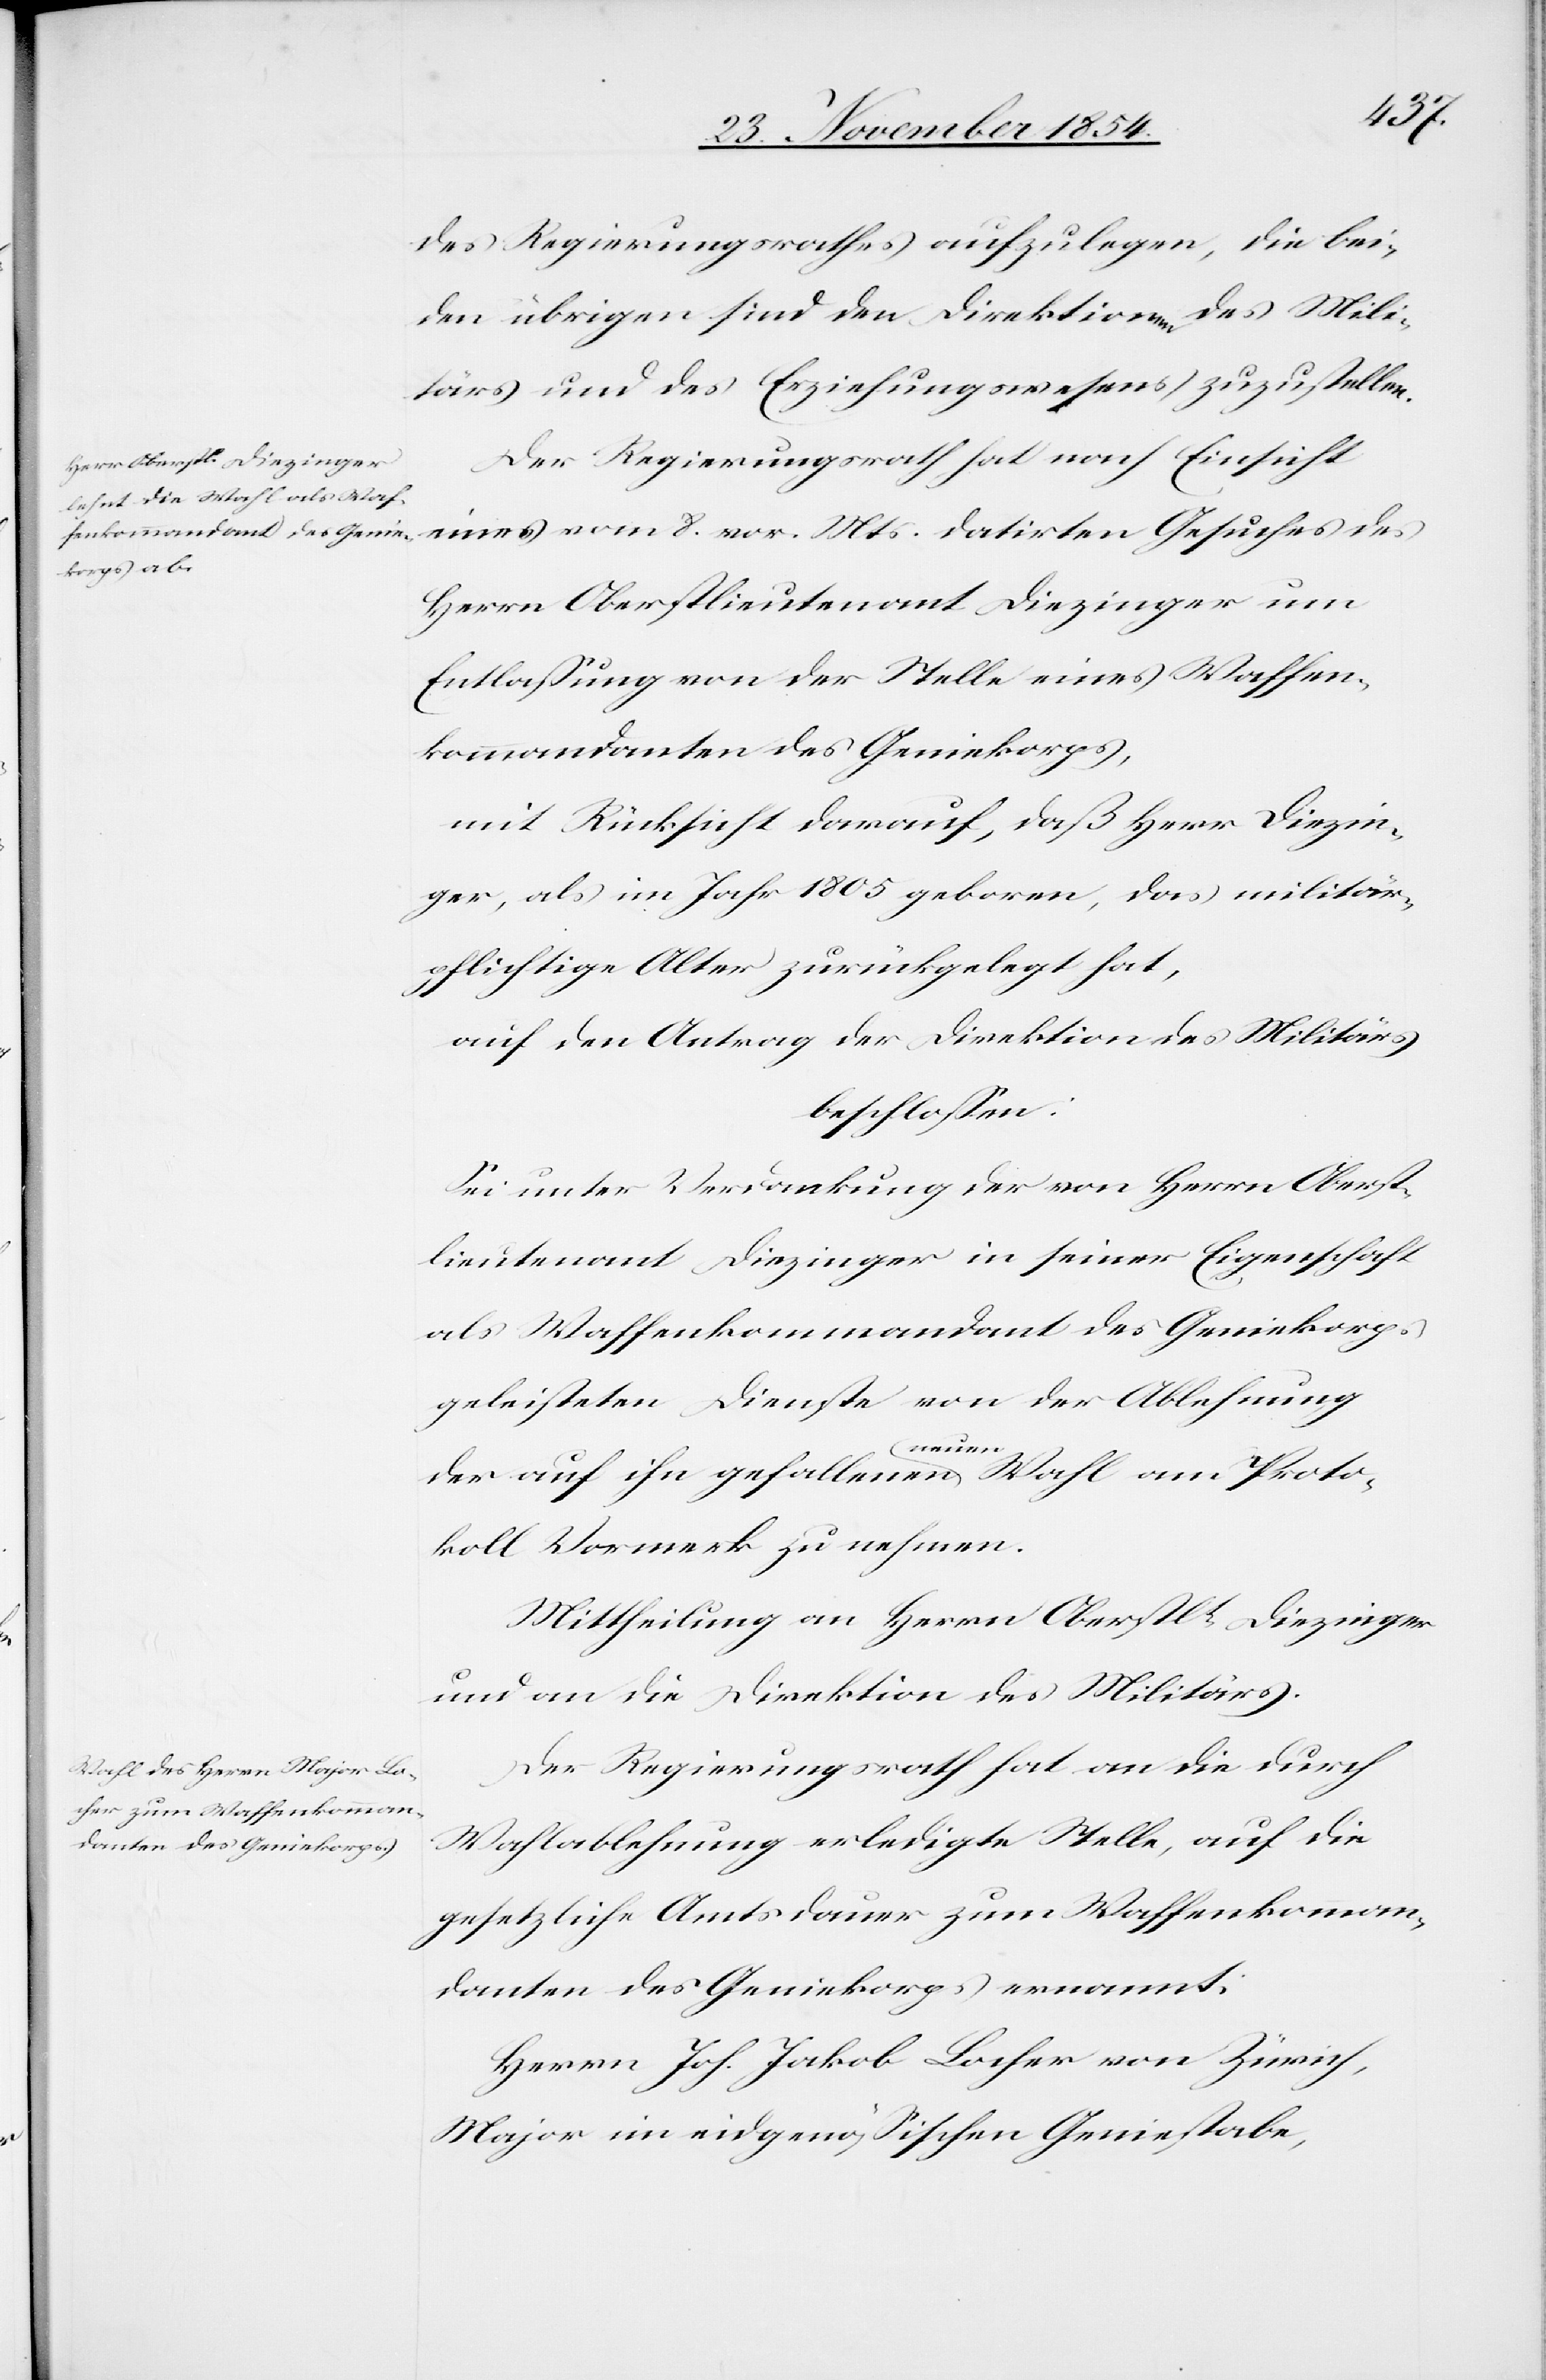
des Regierungsrathes aufzulegen, die bei¬
den übrigen sind den Direktionen des Mili¬
tärs und des Erziehungswesens zuzustellen.
Der Regierungsrath hat nach Einsicht
eins vom 8. vor. Mts. datirten Gesuches des
Herrn Oberstlieutenant Diezinger um
Entlaßung von der Stelle eines Waffen¬
kommandanten des Geniekorps,
mit Rücksicht darauf, daß Herr Diezin¬
ger, als im Jahr 1805 geboren, das militär¬
pflichtige Alter zurückgelegt hat,
auf den Antrag der Direktion des Militärs
beschloßen:
Sei unter Verdankung der von Herrn Oberst¬
lieutenant Diezinger in seiner Eigenschaft
als Waffenkommandant des Geniekorps
geleisteten Dienste von der Ablehnung
der auf ihn gefallenen a-neuen-a Wahl am Proto¬
koll Vormerk zu nehmen.
Mittheilung an Herrn Oberstlt Diezinger
und an die Direktion des Militärs.
Der Regierungsrath hat an die durch
Wahlablehnung erledigte Stelle, auf die
gesetzliche Amtsdauer zum Waffenkomman¬
danten des Geniekorps ernannt:
Herrn Joh. Jak. Locher von Zürich,
Major im eidgenößischen Geniestabe,